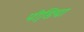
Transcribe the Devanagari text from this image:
पीडि़या